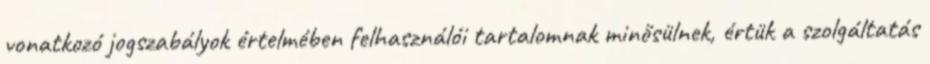
vonatkozó jogszabályok értelmében felhasználói tartalomnak minősülnek, értük a szolgáltatás